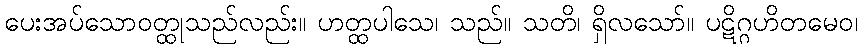
ပေးအပ်သောဝတ္ထုသည်လည်း။ ဟတ္ထပါသေ၊ သည်။ သတိ၊ ရှိလသော်။ ပဋိဂ္ဂဟိတမေဝ၊